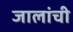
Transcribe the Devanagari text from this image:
जालांची